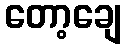
တော့ချေ